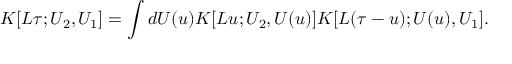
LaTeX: { \cal K } [ L \tau ; U _ { 2 } , U _ { 1 } ] = \int d U ( u ) { \cal K } [ L u ; U _ { 2 } , U ( u ) ] { \cal K } [ L ( \tau - u ) ; U ( u ) , U _ { 1 } ] .